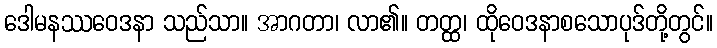
ဒေါမနဿဝေဒနာ သည်သာ။ အာဂတာ၊ လာ၏။ တတ္ထ၊ ထိုဝေဒနာစသောပုဒ်တို့တွင်။